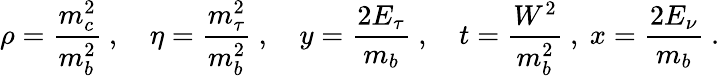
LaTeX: \rho={\frac{m_{c}^{2}}{m_{b}^{2}}}\ ,\quad\eta={\frac{m_{\tau}^{2}}{m_{b}^{2}}}\ ,\quad y={\frac{2E_{\tau}}{m_{b}}}\ ,\quad t={\frac{W^{2}}{m_{b}^{2}}}\ ,\ x={\frac{2E_{\nu}}{m_{b}}}\ .